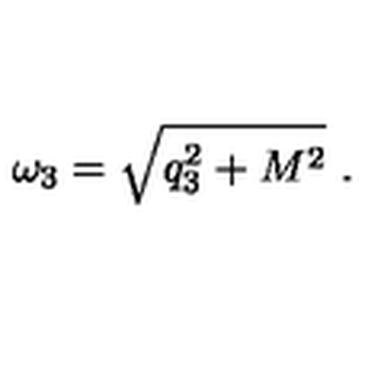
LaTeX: \omega _ { 3 } = \sqrt { q _ { 3 } ^ { 2 } + M ^ { 2 } } \ .